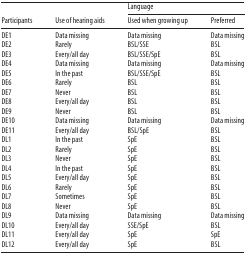
<table><thead><tr><td rowspan="2"><b>Participants</b></td><td rowspan="2"><b>Use of hearing aids</b></td><td colspan="2"><b>Language</b></td></tr><tr><td><b>Used when growing up</b></td><td><b>Preferred</b></td></tr></thead><tbody><tr><td>DE1</td><td>Data missing</td><td>Data missing</td><td>Data missing</td></tr><tr><td>DE2</td><td>Rarely</td><td>BSL/SSE</td><td>BSL</td></tr><tr><td>DE3</td><td>Every/all day</td><td>BSL/SSE/SpE</td><td>BSL</td></tr><tr><td>DE4</td><td>Data missing</td><td>Data missing</td><td>Data missing</td></tr><tr><td>DE5</td><td>In the past</td><td>BSL/SSE/SpE</td><td>BSL</td></tr><tr><td>DE6</td><td>Rarely</td><td>BSL</td><td>BSL</td></tr><tr><td>DE7</td><td>Never</td><td>BSL</td><td>BSL</td></tr><tr><td>DE8</td><td>Every/all day</td><td>BSL</td><td>BSL</td></tr><tr><td>DE9</td><td>Never</td><td>BSL</td><td>BSL</td></tr><tr><td>DE10</td><td>Data missing</td><td>Data missing</td><td>Data missing</td></tr><tr><td>DE11</td><td>Every/all day</td><td>BSL/SpE</td><td>BSL</td></tr><tr><td>DL1</td><td>In the past</td><td>SpE</td><td>BSL</td></tr><tr><td>DL2</td><td>Rarely</td><td>SpE</td><td>BSL</td></tr><tr><td>DL3</td><td>Never</td><td>SpE</td><td>BSL</td></tr><tr><td>DL4</td><td>In the past</td><td>SpE</td><td>BSL</td></tr><tr><td>DL5</td><td>Every/all day</td><td>SpE</td><td>BSL</td></tr><tr><td>DL6</td><td>Rarely</td><td>SpE</td><td>BSL</td></tr><tr><td>DL7</td><td>Sometimes</td><td>SpE</td><td>BSL</td></tr><tr><td>DL8</td><td>Never</td><td>SpE</td><td>BSL</td></tr><tr><td>DL9</td><td>Data missing</td><td>Data missing</td><td>Data missing</td></tr><tr><td>DL10</td><td>Every/all day</td><td>SSE/SpE</td><td>BSL</td></tr><tr><td>DL11</td><td>Every/all day</td><td>SpE</td><td>SpE</td></tr><tr><td>DL12</td><td>Every/all day</td><td>SpE</td><td>BSL</td></tr></tbody></table>